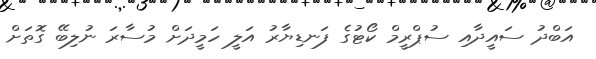
އަބްދު ސައީދާއި ސުޕްރީމް ކޯޓުގެ ފަނޑިޔާރު އަލީ ހަމީދަށް މުސާރަ ނުލިބޭ ގޮތަށް